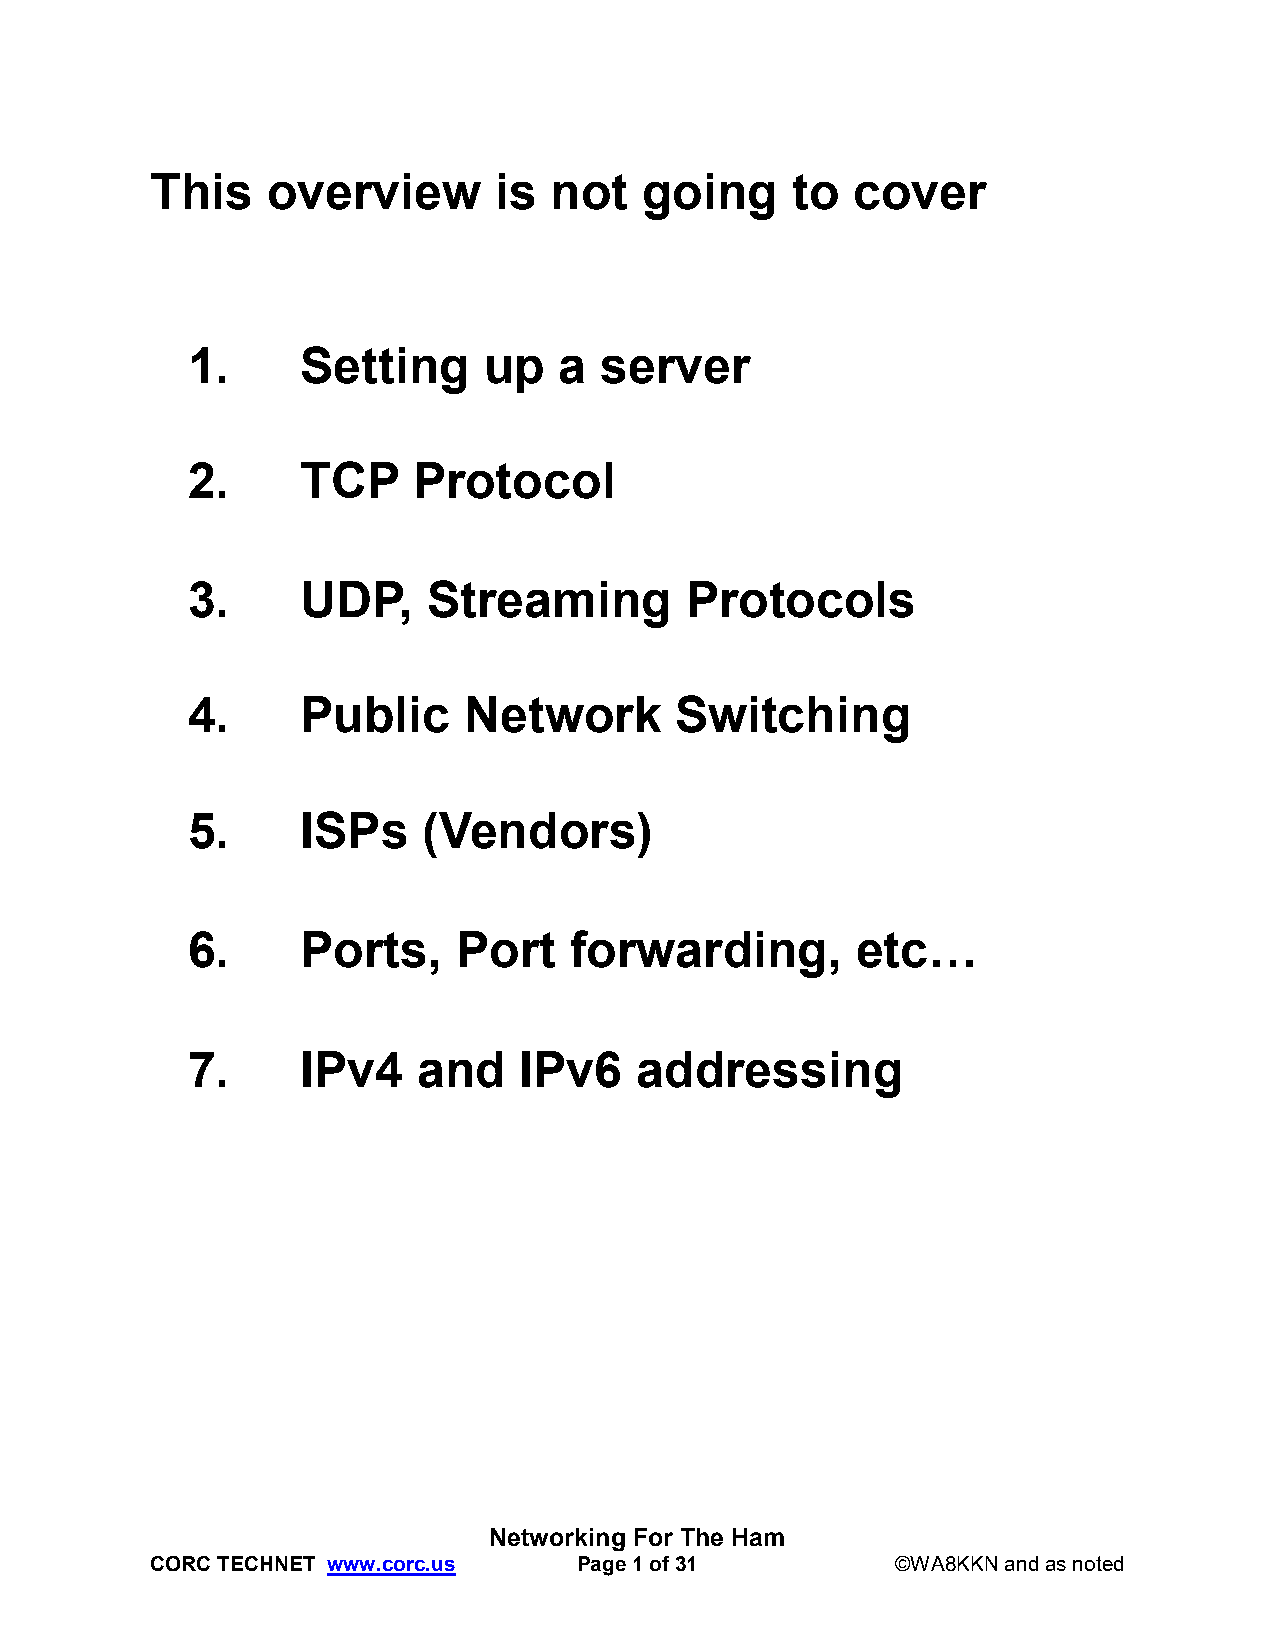
This    overview       is not   going     to  cover
 1.      Setting     up   a  server
 2.      TCP    Protocol
 3.      UDP,    Streaming        Protocols
 4.      Public     Network       Switching
 5.      ISPs    (Vendors)
 6.      Ports,    Port    forwarding,        etc…
 7.      IPv4    and   IPv6    addressing
 Networking For The Ham
 CORC TECHNET www.corc.us    Page 1 of 31         ©WA8KKN and as noted